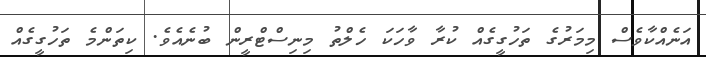
އަނެއްކާވެސް މިމަރުގެ ތަހުގީގެއް ކުރާ ވާހަކަ ހެލްތު މިނިސްޓްރީން ބުނެއެވެ. ކިތަންމެ ތަހުގީގެއް